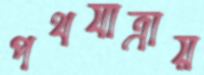
পথযাত্রায়